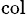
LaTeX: _\mathrm{col}